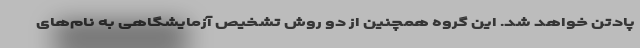
پادتن خواهد شد. این گروه همچنین از دو روش تشخیص آزمایشگاهی به نام‌های